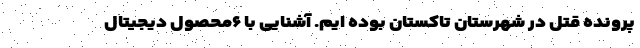
پرونده قتل در شهرستان تاکستان بوده ایم. آشنایی با ۶محصول دیجیتال